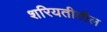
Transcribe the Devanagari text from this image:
शरियतीतील